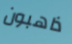
ذاهبون